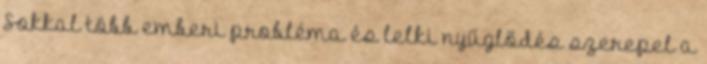
Sokkal több emberi probléma és lelki nyűglődés szerepel a